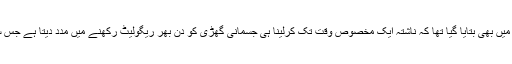
اس سے قبل گزشتہ سال کی ایک تحقیق میں بھی بتایا گیا تھا کہ ناشتہ ایک مخصوص وقت تک کرلینا ہی جسمانی گھڑی کو دن بھر ریگولیٹ رکھنے میں مدد دیتا ہے جس سے متعدد امراض سے بچا جاسکتا ہے۔